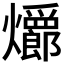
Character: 𪺆